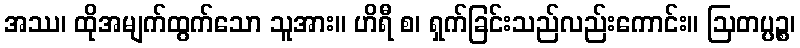
အဿ၊ ထိုအမျက်ထွက်သော သူအား။ ဟိရီ စ၊ ရှက်ခြင်းသည်လည်းကောင်း။ ဩတပ္ပဉ္စ၊